Vaccination United Provinces of Agra and Oudh 1923-1928 - 1923-1928
Year: 1923
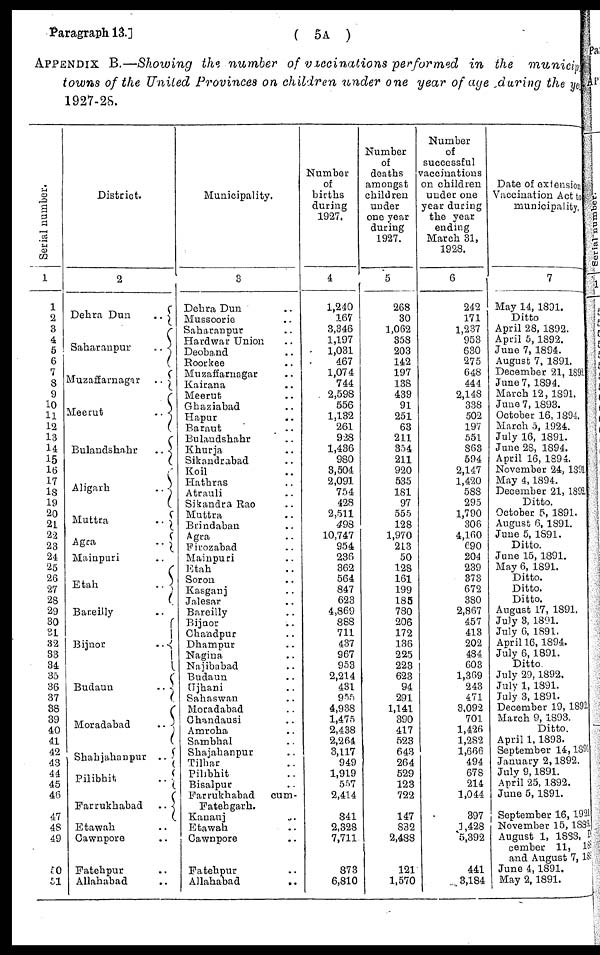
Paragraph 13.]
( 5A )
APPENDIX B.—Showing the number of vaccinations performed in the municipal
towns of the United Provinces on children under one year of age during the year
1927-28.
Serial number.
1
1
2
3
4
5
6
7
8
9
10
11
12
13
14
15
16
17
18
19
20
21
22
23
24
25
26
27
28
29
30
31
32
33
34
35
36
37
38
39
40
41
42
43
44
45
46
47
48
49
50
51
District.
2
Dehra Dun
..
Saharanpur
..
Muzaffarnagar
..
Meerut
..
Bulandshahr
..
Aligarh
..
Muttra
..
Agra
..
Mainpuri ..
Etah
..
Bareilly ..
Bijnor
..
Budaun
..
Moradabad
..
Shahjahanpur
..
Pilibhit
..
Farrukhabad
..
Etawah ..
Cawnpore ..
Fatehpur ..
Allahabad ..
Municipality.
3
Dehra Dun ..
Mussoorie ..
Saharanpur ..
Hardwar Union ..
Deoband ..
Roorkee ..
Muzaffarnagar ..
Kairana ..
Meerut ..
Ghaziabad ..
Hapur ..
Baraut ..
Bulandshahr ..
Khurja ..
Sikandrabad ..
Koil ..
Hathras ..
Atrauli ..
Sikandra Rao ..
Muttra ..
Brindaban ..
Agra ..
Firozabad ..
Mainpuri ..
Etah ..
Soron ..
Kasganj ..
Jalesar ..
Bareilly ..
Bijnor ..
Chandpur ..
Dhampur ..
Nagina ..
Najibabad ..
Budaun ..
Ujhani ..
Sahaswan ..
Moradabad ..
Chandausi ..
Amroha ..
Sambhal ..
Shajahanpur ..
Tilhar ..
Pilibhit ..
Bisalpur ..
Farrukhabad
cum-
Fatehgarh.
Kanauj ..
Etawah ..
Cawnpore ..
Fatehpur ..
Allahabad ..
Number
of
births
during
1927.
4
1,240
167
3,346
1,197
1,031
467
1,074
744
2,598
556
1,132
261
928
1,436
980
3,504
2,091
754
428
2,511
498
10,747
954
236
362
564
847
623
4,869
888
711
437
967
953
2,214
431
955
4,938
1,475
2,438
2,264
3,117
949
1,919
557
2,414
841
2,328
7,711
873
6,810
Number
of
deaths
amongst
children
under
one year
during
1927.
5
268
30
1,062
358
203
142
197
138
439
91
251
63
211
354
211
920
535
181
97
555
128
1,970
213
50
128
161
199
185
780
206
172
136
225
223
623
94
291
1,141
390
417
523
643
264
529
123
722
147
832
2,488
121
1,570
Number
of
successful
vaccinations
on children
under one
year during
the year
ending
March 31,
1928.
6
242
171
1,237
953
630
275
648
444
2,148
338
502
197
551
863
594
2,147
1,420
588
295
1,790
306
4,160
690
204
239
373
672
380
2,867
457
413
202
484
603
1,369
243
471
3,092
701
1,426
1,282
1,666
494
678
214
1,044
397
1,428
5,392
441
3,184
Date of extension
Vaccination Act to
municipality.
7
May 14, 1891.
Ditto
April 28, 1892.
April 5, 1892.
June 7, 1894.
August 7, 1891.
December 21, 1892.
June 7, 1894.
March 12, 1891.
June 7, 1893.
October 16, 1894.
March 5, 1924.
July 16, 1891.
June 28, 1894.
April 16, 1894.
November 24, 1891.
May 4,1894.
December 21, 1892.
Ditto.
October 5, 1891.
August 6, 1891.
June 5, 1891.
Ditto.
June 15, 1891.
May 6, 1891.
Ditto.
Ditto.
Ditto.
August 17, 1891.
July 3, 1891.
July 6, 1891.
April 16, 1894.
July 6, 1891.
Ditto.
July 29,1892.
July 1, 1891.
July 3, 1891.
December 19, 1892.
March 9, 1893.
Ditto.
April 1, 1893.
September 14,1891.
January 2,1892.
July 9,1891.
April 25, 1892.
June 5, 1891.
September 16, 1921.
November 15,1889.
August 1, 1888, D-
cember 11, 188
and August 7, 189
June 4,1891.
May 2, 1891.